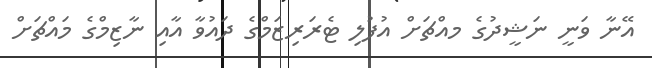
އޭނާ ވަނީ ނަޝީދުގެ މއްޗަށް އުފުލި ޓެރަރިޒަމްގެ ދައުވާ އާއި ނާޒިމްގެ މައްޗަށް